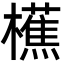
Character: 櫵